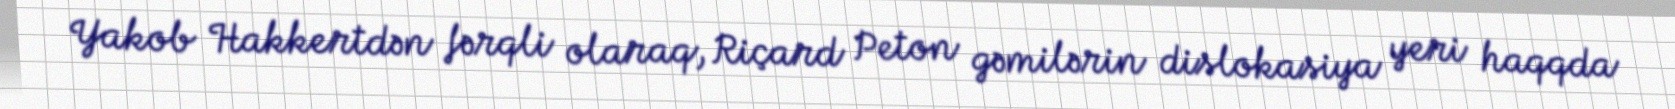
Yakob Hakkertdən fərqli olaraq, Riçard Peton gəmilərin dislokasiya yeri haqqda